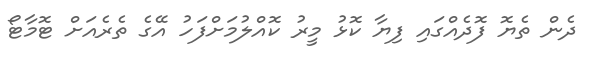
ދެން ތެޔޮ ފޮދެއްގައި ފިޔާ ކޮޅު މީރު ކޮއްލުމަށްފަހު އޭގެ ތެރެއަށް ޓޮމާޓޯ